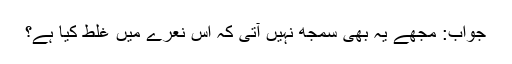
جواب: مجھے یہ بھی سمجھ نہیں آتی کہ اس نعرے میں غلط کیا ہے؟